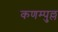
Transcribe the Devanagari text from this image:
कणम्पुल्ल